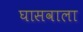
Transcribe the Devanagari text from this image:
घासवाला